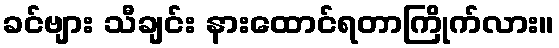
ခင်ဗျား သီချင်း နားထောင်ရတာကြိုက်လား။